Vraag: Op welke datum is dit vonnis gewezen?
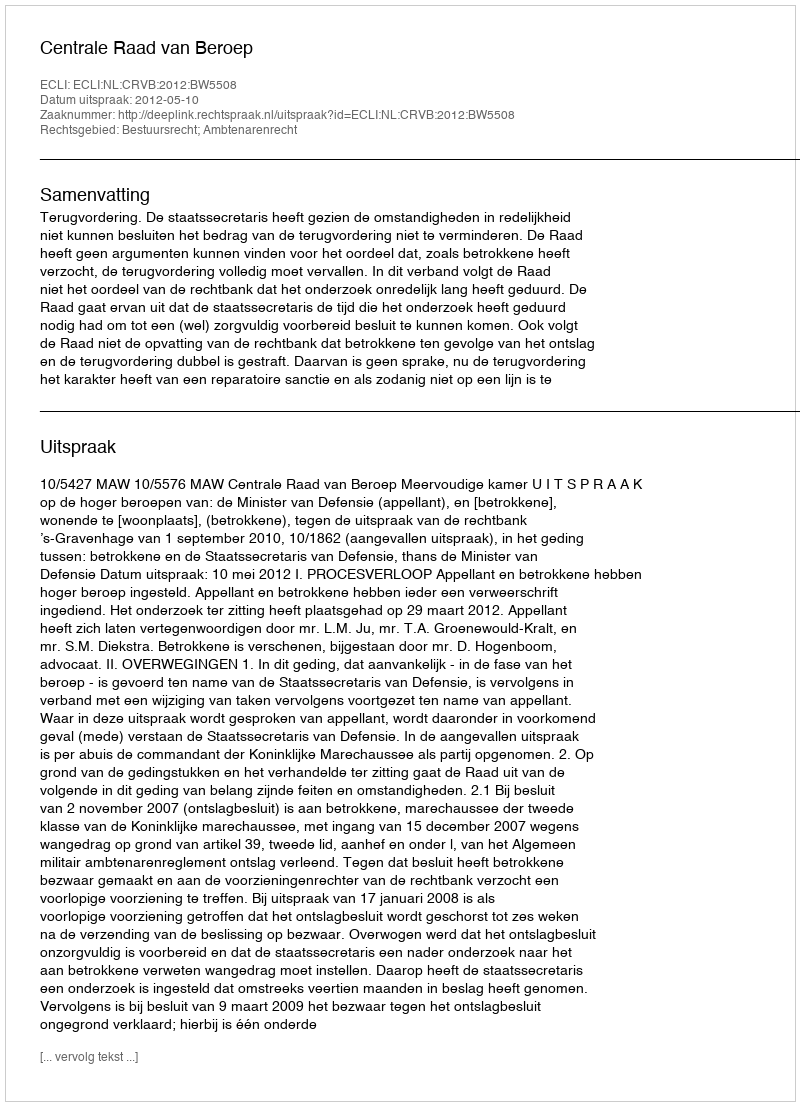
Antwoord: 2012-05-10